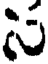
స